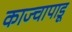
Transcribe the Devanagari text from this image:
काज्चापाडू